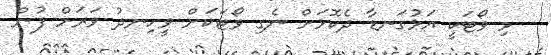
މި ވޯޓަކީ އަޅުގަނޑާ ދެކޮޅަށް ނެގި ވޯޓަކަށް ވީހިނދު ވަރަށް ފުން